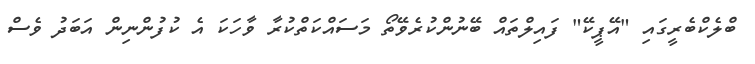
ބްލެކްބެރީގައި "އޭޕީކޭ" ފައިލްތައް ބޭނުންކުރެވޭތޯ މަސައްކަތްކުރާ ވާހަކަ އެ ކުފުންނިން އަބަދު ވެސް